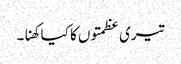
تیری عظمتوں کا کیا کھنا۔